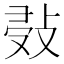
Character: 𢽖